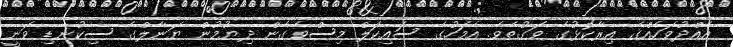
އެއްދުވަހެއްގެ އިރާކޮޅުގެ ވަގުތެވެ. އެމަހުގެ ސައިކަލް މިސްވެގެން ދިޔުމުން ޔަނާލްގެ ސިކުނޑި ވަނީ